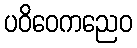
ပဝိဝေကညေဝ